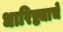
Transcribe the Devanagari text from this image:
धारिष्ट्याचे